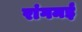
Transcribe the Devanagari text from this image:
रांगमई